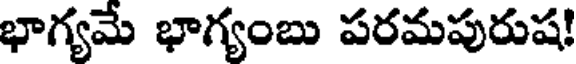
భాగ్యమే భాగ్యంబు పరమపురుష!